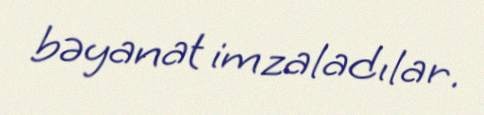
bəyanat imzaladılar.